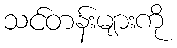
သင်တန်းများကို